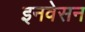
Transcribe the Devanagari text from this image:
इनवेसन